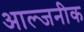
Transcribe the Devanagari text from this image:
आल्जनीक